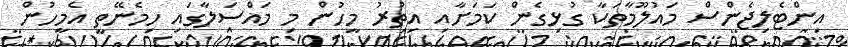
އިންޓެލިޖެންސް މައުލޫމާތަކާ ގުޅިގެން ކަމަށާއި އިތުރު މީހުން މި މައްސަލާގައި ހިމެނޭތީ އެމީހުން